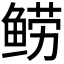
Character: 𬶗